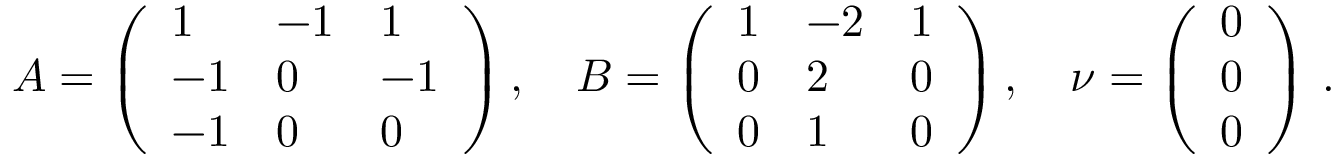
A = \left( \begin{array} { l l l } { 1 } & { - 1 } & { 1 } \\ { - 1 } & { 0 } & { - 1 } \\ { - 1 } & { 0 } & { 0 } \end{array} \right) , \quad B = \left( \begin{array} { l l l } { 1 } & { - 2 } & { 1 } \\ { 0 } & { 2 } & { 0 } \\ { 0 } & { 1 } & { 0 } \end{array} \right) , \quad \nu = \left( \begin{array} { l } { 0 } \\ { 0 } \\ { 0 } \end{array} \right) \, .